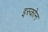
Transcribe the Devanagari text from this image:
इस्कोन